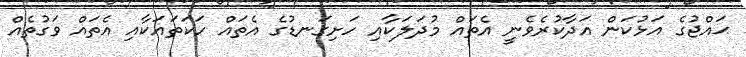
ޙައްޖުގެ އަޅުކަން އަދާކުރެވެނީ އެތައް މުދަލަކާއި ހަށިގަނޑުގެ އެތައް ހަކަތައަކާއި އެތައް ވަގުތެއް